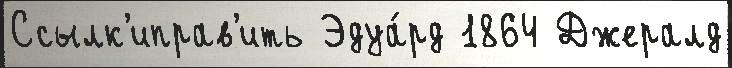
Ссылк'иправ'ить Эдуа́рд 1864 Джералд